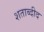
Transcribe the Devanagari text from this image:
शताब्दीद